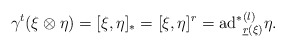
\begin{align*}\gamma^{t}(\xi\otimes\eta)=[\xi,\eta]_{\ast}=[\xi,\eta]^{r}={\mathrm{ad}^{\ast}}^{(l)}_{\underline{r}(\xi)}\eta.\end{align*}